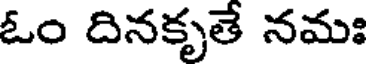
ఓం దినకృతే నమః